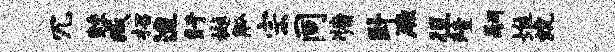
冗鲧臧招迨盱樾觚宗同牖卧厥徂殪嗣堆炕